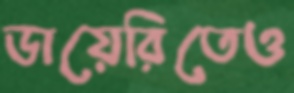
ডায়েরিতেও